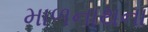
માળનાથના